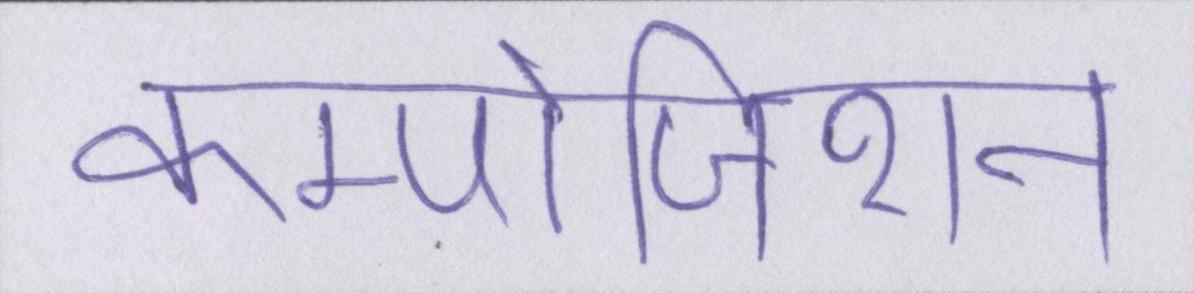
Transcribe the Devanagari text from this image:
कम्पोजिशन